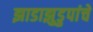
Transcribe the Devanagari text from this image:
झाडाझुडुपांचे